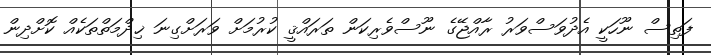
ފަތިސް ނޫހަކީ އެދުވަސްވަރު ރާއްޖޭގެ ނޫސްވެރިކަން ތަރައްޤީ ކުރުމަށް ވަރަށްގިނަ ޚިދްމަތްތަކެއް ކޮށްދިން